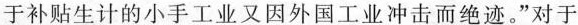
于补贴生计的小手工业又因外国工业冲击而绝迹。”对于